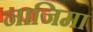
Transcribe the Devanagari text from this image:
नाजिमा